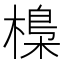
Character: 𣘖